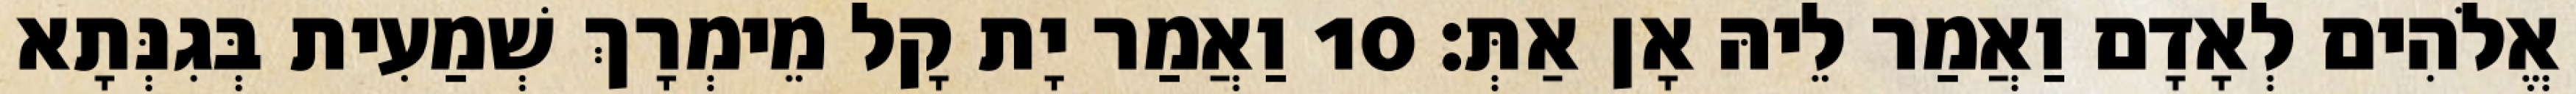
אֱלֹהִים לְאָדָם וַאֲמַר לֵיהּ אָן אַתְּ׃ 10 וַאֲמַר יָת קָל מֵימְרָךְ שְׁמַעִית בְּגִנְּתָא